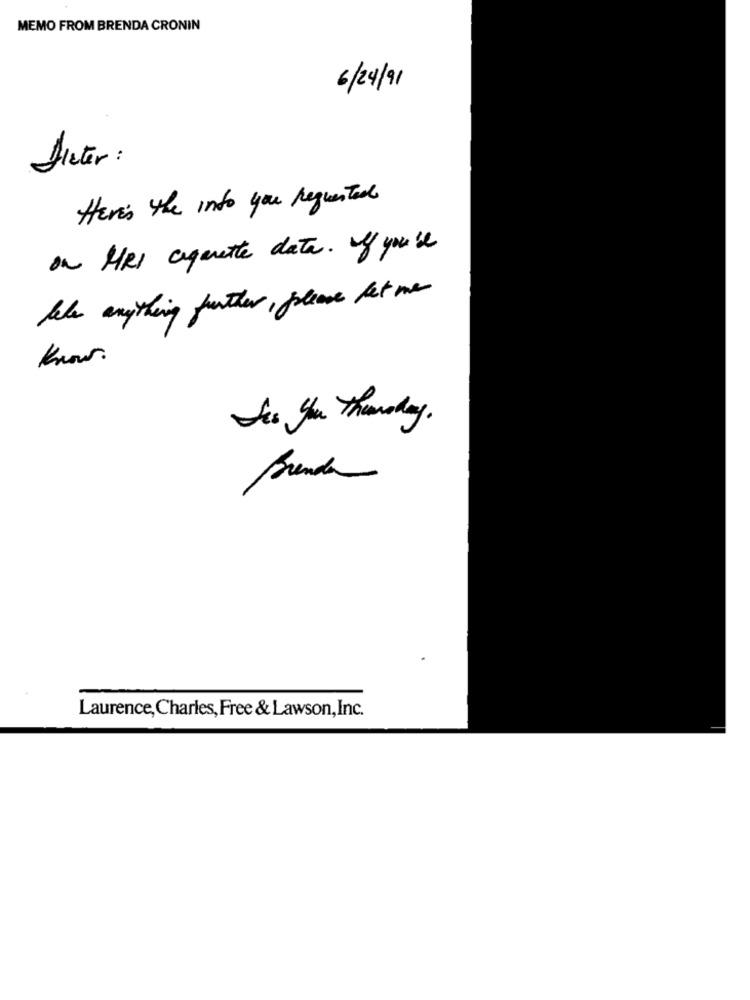
MEMO FROM BRENDA CRONIN
6/24/91
Dieter:
Here's the into you requested
on HRI cigarette date. If you're
fale anything further, please let me
know.
Sos you thursday .
Prenda
Laurence, Charles, Free & Lawson,Inc.